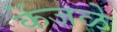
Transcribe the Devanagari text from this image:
केंजळे